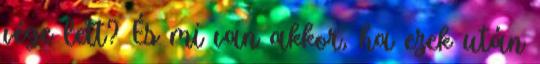
vége lett? És mi van akkor, ha ezek után